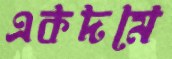
একদমে